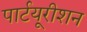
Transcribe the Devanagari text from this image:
पार्टयूरीशन